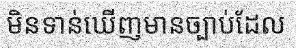
មិនទាន់ឃើញមានច្បាប់ដែល